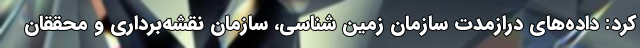
کرد: داده‌های درازمدت سازمان زمین شناسی، سازمان نقشه‌برداری و محققان